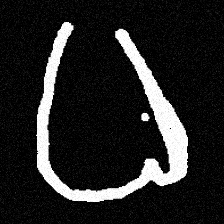
Pyu character \u2014 Myanmar letter: ဓ (romanized: dha)